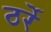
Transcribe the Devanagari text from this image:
ठर्रे